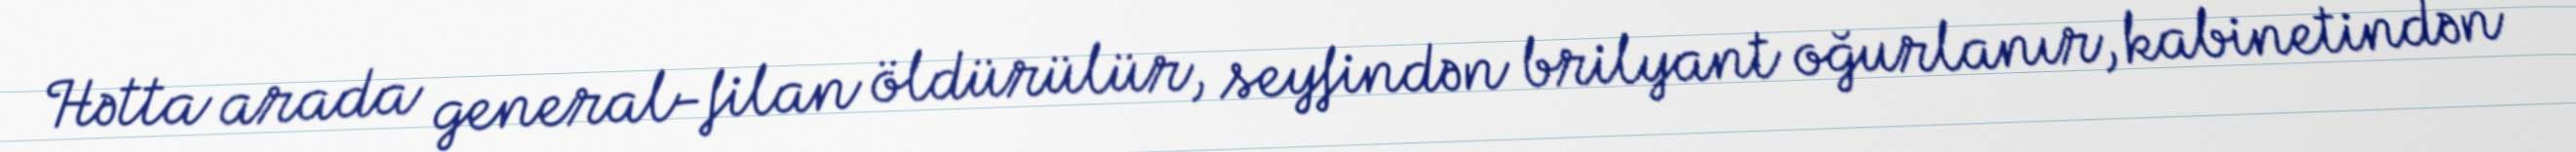
Hətta arada general-filan öldürülür, seyfindən brilyant oğurlanır, kabinetindən